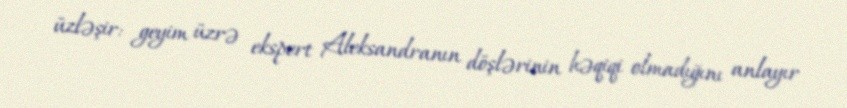
üzləşir: geyim üzrə ekspert Aleksandranın döşlərinin həqiqi olmadığını anlayır